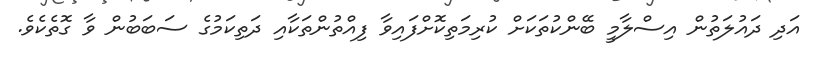
އަދި ދައުލަތުން އިސްލާމީ ބޭންކުތަކަށް ކުރިމަތިކޮށްފައިވާ ފިއްތުންތަކާއި ދަތިކަމުގެ ސަބަބުން ވާ ގޮތެކެވެ.